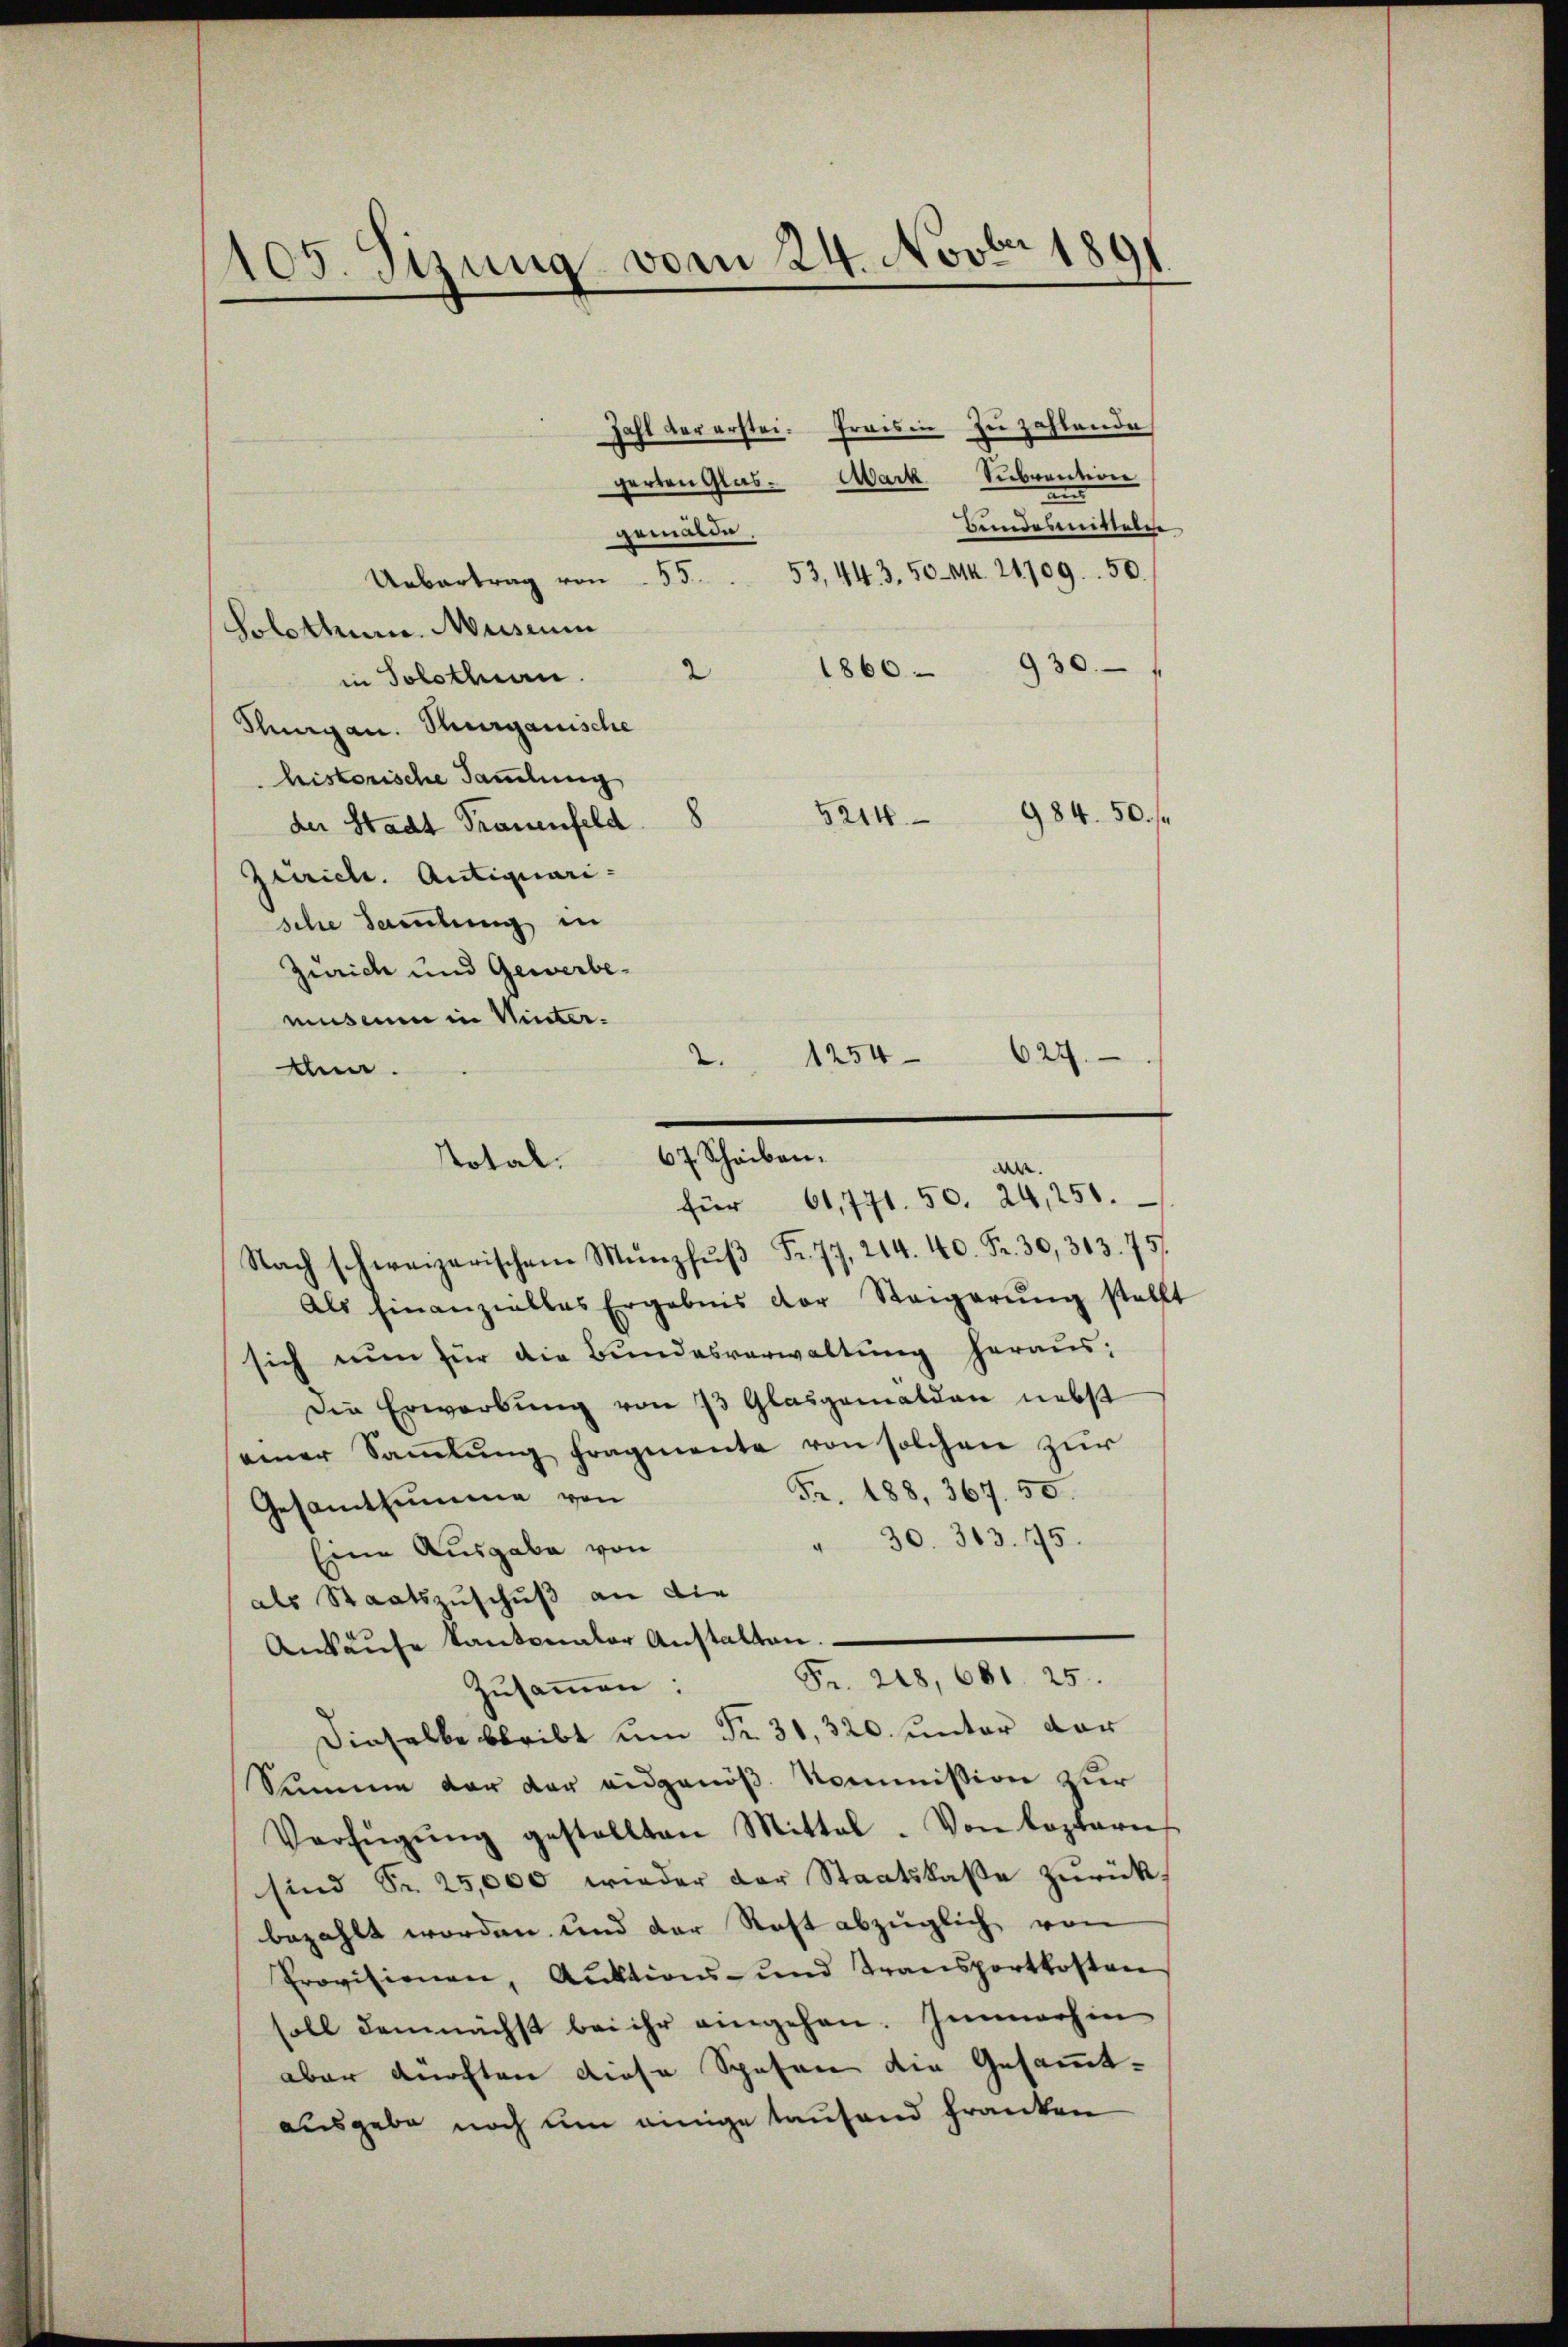
105. Sizung vom 24. Novbr 1891

Zahl der erstei. Frais in zu zahlende
garten Glas- Mark Subvention
an
Bundesmittels
gemälde,
53,443. 50 Mk. 21709. 50.
Uebertrag von 55.
Solothur Museum
1860 - 930
2
in Solothurn.
Thurgau. Thurgauische
historische Sammlung
der Stadt Frauenfeld 8
Zürich. Antiquari-
sche Sammlung in
Zürich und Gewerbemuseum in Winter¬
Als hinanzielles Ergebnis der Steigerŭng stellt
sich nun für die Bundesverwaltung heraus:
Die Erwerbung von 73 Glasgemälden nebst
einer Saṁlŭng fragmente von solchen zur
Fr. 188, 367. 50.
Gesamtsumme von
 30. 313. 145.
Eine Ausgabe von
als Staatszuschuß an die
Ankaŭfe kantonaler Anstalten.
Fr. 218, 681. 25.
Zusammen:
Dieselbe bleibt um Fr. 31, 320. unter der
Summe der der eidgenöß. Kommission zur
Verfügŭng gestellten Mittel. Von Loptaris
sind Sr. 25,000 wieder der Staatskasse zŭrückbezahlt worden und der Rest abzüglich von
Provisionen, Auktions- und Transportkosten
soll demnächst bei ihr eingehen. Immerhin
aber dürften diese Spesen die Gesammt-
ausgebe noch um einige taufend franken

5214 984. 50. f

1254. 627.
2.

Ann.
67 Scheiben.
Total.
d.
für 61,771. 50. 24, 250.
Nach schweizerischen Münzfŭβ Fr. 77, 214. 40. Fr. 30, 303. 75.